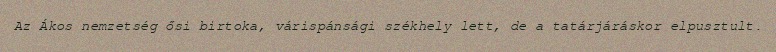
Az Ákos nemzetség ősi birtoka, várispánsági székhely lett, de a tatárjáráskor elpusztult.